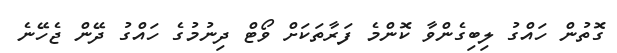
ގޮތުން ހައްގު ލިބިގެންވާ ކޮންމެ ފަރާތަކަށް ވޯޓް ދިނުމުގެ ހައްގު ދޭން ޖެހޭނެ